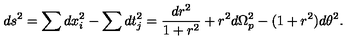
d s ^ { 2 } = \sum d x _ { i } ^ { 2 } - \sum d t _ { j } ^ { 2 } = \frac { d r ^ { 2 } } { 1 + r ^ { 2 } } + r ^ { 2 } d \Omega _ { p } ^ { 2 } - ( 1 + r ^ { 2 } ) d \theta ^ { 2 } .